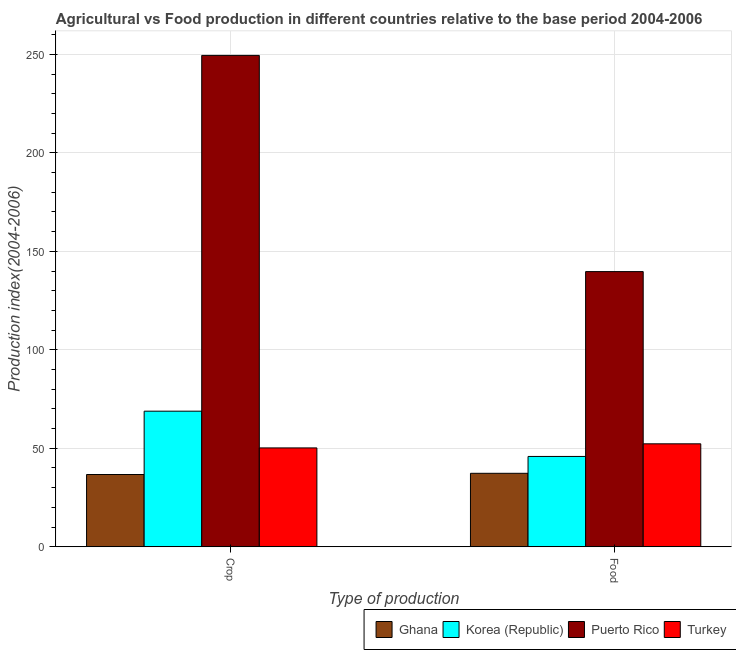
| Type of production | Ghana | Korea (Republic) | Puerto Rico | Turkey |
 | --- | --- | --- | --- | --- |
 | Crop | 36.7 | 68.8 | 250 | 50.2 |
 | Food | 37.3 | 45.9 | 140 | 52.3 |